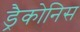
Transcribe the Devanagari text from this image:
ड्रैकोनिस